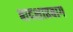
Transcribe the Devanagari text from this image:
बादशाहबाग